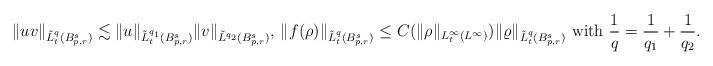
LaTeX: \begin{align*} & \|uv\|_{\tilde L^q_t(B^s_{p,r})} \lesssim \|u\|_{\tilde L^{q_1}_t(B^s_{p,r})} \|v\|_{\tilde L^{q_2}(B^s_{p,r})},\, \|f(\rho) \|_{\tilde L^q_t(B^s_{p,r})}\leq C( \|\rho\|_{L^\infty_t(L^\infty)})\|\varrho\|_{\tilde L^q_t(B^s_{p,r})} \hbox{ with }\frac 1q=\frac{1}{q_1}+\frac{1}{q_2} .\end{align*}